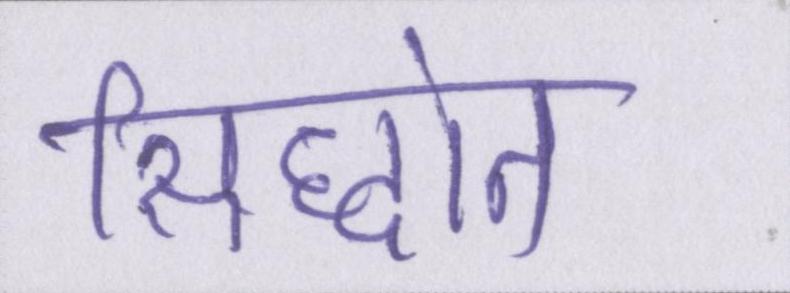
सिद्धांत